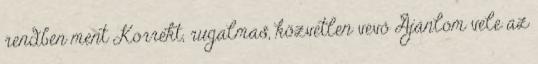
rendben ment Korrekt, rugalmas, közvetlen vevő Ajánlom vele az